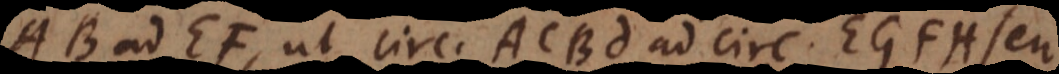
AB ad EF, ut circulus ACBD ad circulum EGFH, seu